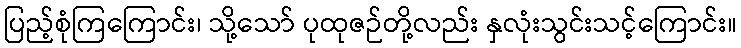
ပြည့်စုံကြကြောင်း၊ သို့သော် ပုထုဇဉ်တို့လည်း နှလုံးသွင်းသင့်ကြောင်း။